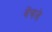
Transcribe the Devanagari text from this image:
बेंचले